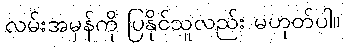
လမ်းအမှန်ကို ပြနိုင်သူလည်း မဟုတ်ပါ။